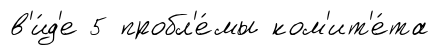
в'и́д'е 5 пробл'е́мы ком'ит'е́та